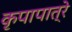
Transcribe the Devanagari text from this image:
कृपापात्रे